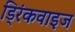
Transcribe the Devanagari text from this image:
ड्रिंकवाइज